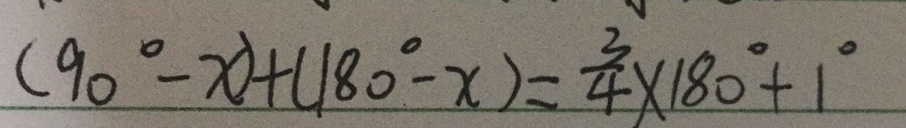
( 9 0 ^ { \circ } - x ) + ( 1 8 0 ^ { \circ } - x ) = \frac { 3 } { 4 } \times 1 8 0 ^ { \circ } + 1 ^ { \circ }